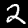
Label: 2